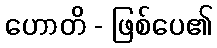
ဟောတိ - ဖြစ်ပေ၏